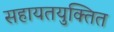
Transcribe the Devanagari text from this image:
सहायतयुक्तित